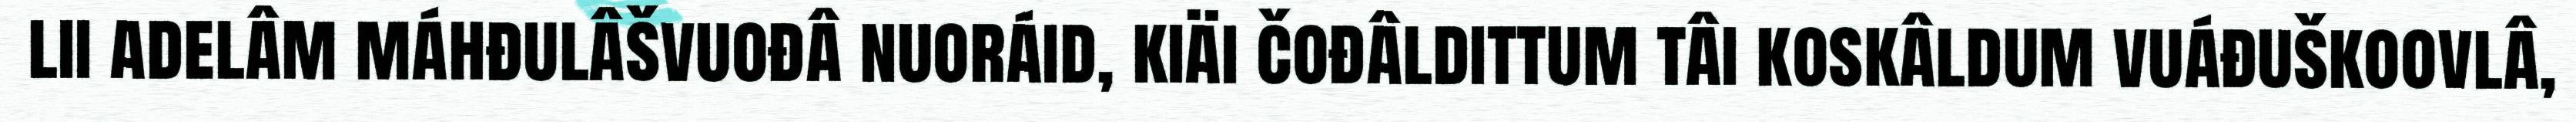
lii adelâm máhđulâšvuođâ nuoráid, kiäi čođâldittum tâi koskâldum vuáđuškoovlâ,